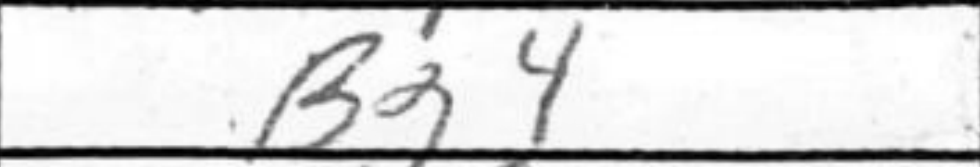
Transcription: Bg4